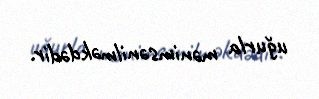
uğurla mənimsənilməkdədir.